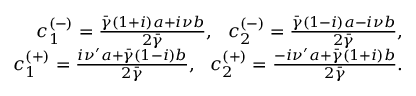
\begin{array} { r l r } & { } & { c _ { 1 } ^ { ( - ) } = \frac { \bar { \gamma } ( 1 + i ) a + i \nu b } { 2 \bar { \gamma } } , ~ ~ c _ { 2 } ^ { ( - ) } = \frac { \bar { \gamma } ( 1 - i ) a - i \nu b } { 2 \bar { \gamma } } , } \\ & { } & { c _ { 1 } ^ { ( + ) } = \frac { i \nu ^ { \prime } a + \bar { \gamma } ( 1 - i ) b } { 2 \bar { \gamma } } , ~ ~ c _ { 2 } ^ { ( + ) } = \frac { - i \nu ^ { \prime } a + \bar { \gamma } ( 1 + i ) b } { 2 \bar { \gamma } } . } \end{array}